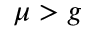
\mu > g